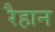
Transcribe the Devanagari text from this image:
रैहान